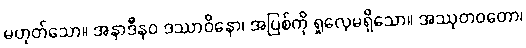
မဟုတ်သော။ အနာဒီနဝ ဒဿာဝိနော၊ အပြစ်ကို ရှုလေ့မရှိသော။ အဿုတဝတော၊